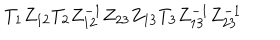
T _ { 1 } Z _ { 1 2 } T _ { 2 } Z _ { 1 2 } ^ { - 1 } Z _ { 2 3 } Z _ { 1 3 } T _ { 3 } Z _ { 1 3 } ^ { - 1 } Z _ { 2 3 } ^ { - 1 }